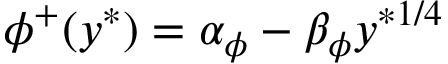
\phi ^ { + } ( y ^ { \ast } ) = \alpha _ { \phi } - \beta _ { \phi } y ^ { \ast { { 1 } / { 4 } } }